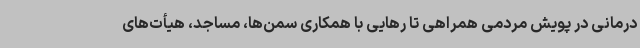
درمانی در پویش مردمی همراهی تا رهایی با همکاری سمن‌ها، مساجد، هیأت‌های